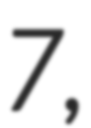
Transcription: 7,